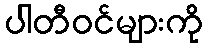
ပါတီဝင်များကို